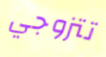
تتزوجي